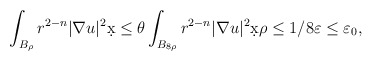
\begin{align*}\int_{B_{\rho}} r^{2-n} |\nabla u|^2 \d x &\leq \theta \int_{B_{8\rho}} r^{2-n} |\nabla u|^2 \d x \rho \leq 1/8 \varepsilon \leq \varepsilon_0,\end{align*}